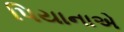
પિયાનાએ